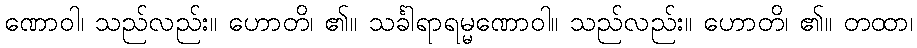
ဏောဝါ၊ သည်လည်း။ ဟောတိ၊ ၏။ သင်္ခါရာရမ္မဏောဝါ။ သည်လည်း။ ဟောတိ၊ ၏။ တထာ၊